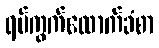
ရပ်ကွက်ထောက်ခံစာ